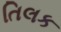
તિલક